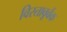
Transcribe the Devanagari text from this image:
विस्तावूर्वक